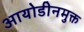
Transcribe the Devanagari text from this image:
आयोडीनमुक्त